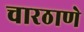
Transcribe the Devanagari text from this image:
चारठाणे